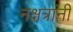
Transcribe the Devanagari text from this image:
नक्षत्रांनी